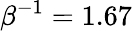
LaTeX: \beta^{-1}=1.67